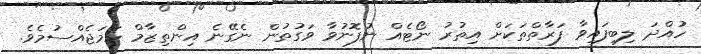
ހުއްދަ ލިބިފައިވާ ފަރާތްތަކަށް އިތުރު ނޯޓެއް ނުފޮނުވާ ވަގުތުން ނެގޭނެ އިންތިޒާމް ހަމަޖެއްސުމެވެ.